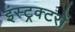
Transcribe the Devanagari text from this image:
इंस्ट्रक्टरों